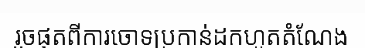
រួចផុតពីការចោទប្រកាន់ដកហូតតំណែង